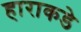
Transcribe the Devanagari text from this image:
हाराकडे